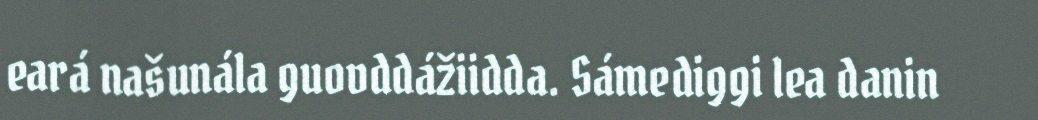
eará našunála guovddážiidda. Sámediggi lea danin